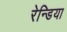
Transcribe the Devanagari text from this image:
रेन्डिया